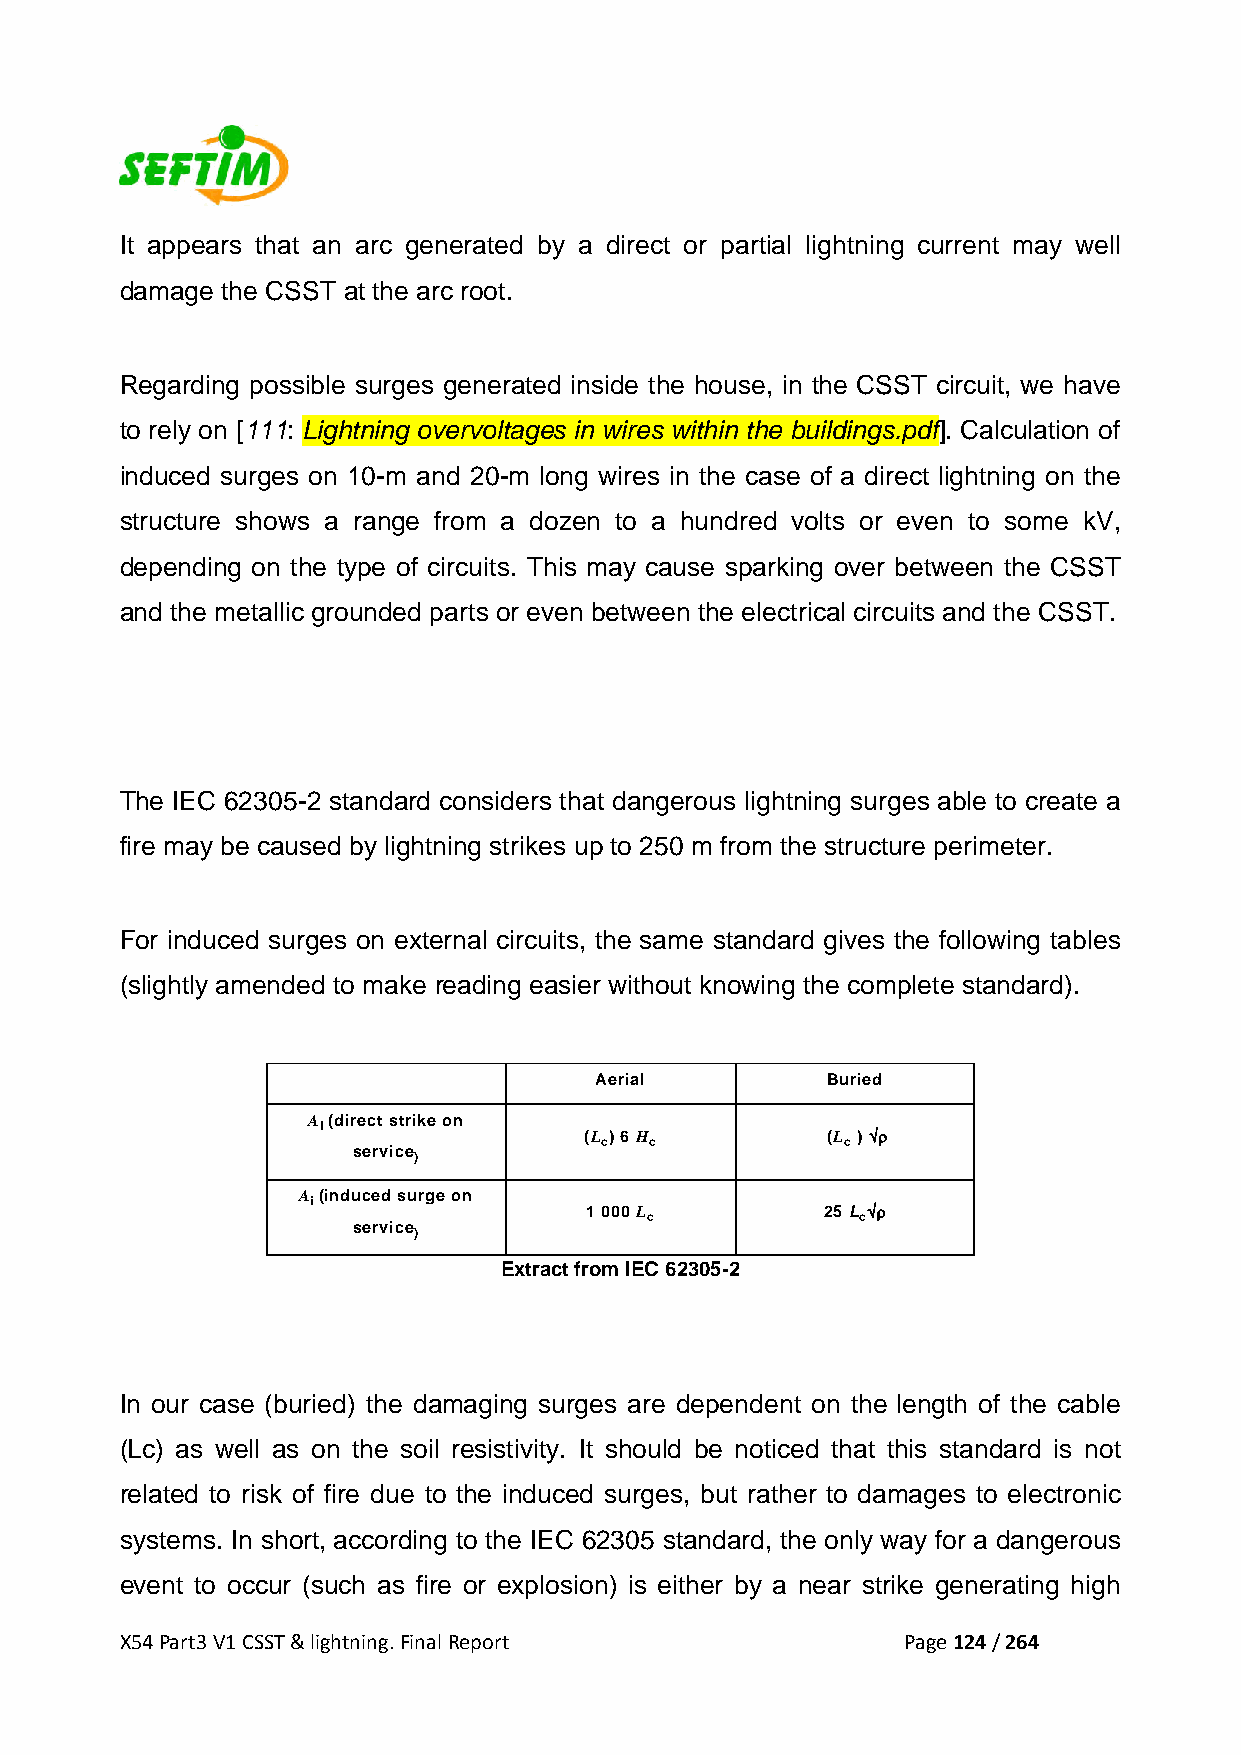
It appears that an arc generated by a direct or partial lightning current may well
 damage the CSST at the arc root.
 Regarding possible surges generated inside the house, in the CSST circuit, we have
 to rely on [111: Lightning overvoltages in wires within the buildings.pdf]. Calculation of
 induced surges on 10-m and 20-m long wires in the case of a direct lightning on the
 structure shows a range from a dozen to a hundred volts or even to some kV,
 depending on the type of circuits. This may cause sparking over between the CSST
 and the metallic grounded parts or even between the electrical circuits and the CSST.
 The IEC 62305-2 standard considers that dangerous lightning surges able to create a
 fire may be caused by lightning strikes up to 250 m from the structure perimeter.
 For induced surges on external circuits, the same standard gives the following tables
 (slightly amended to make reading easier without knowing the complete standard).
 Aerial          Buried
 A (direct strike on
 l
 (L ) 6 H        (L ) √ρ
 c  c            c
 service
 )
 A (induced surge on
 i
 1 000 L        25 L √ρ
 c             c
 service
 )
 Extract from IEC 62305-2
 In our case (buried) the damaging surges are dependent on the length of the cable
 (Lc) as well as on the soil resistivity. It should be noticed that this standard is not
 related to risk of fire due to the induced surges, but rather to damages to electronic
 systems. In short, according to the IEC 62305 standard, the only way for a dangerous
 event to occur (such as fire or explosion) is either by a near strike generating high
 X54 Part3 V1 CSST & lightning. Final Report         Page 124 / 264